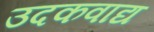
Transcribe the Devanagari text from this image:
उदकवाद्य